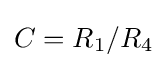
C=R_{1}/R_{4}